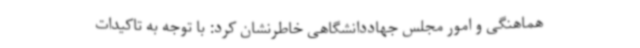
هماهنگی و امور مجلس جهاددانشگاهی خاطرنشان کرد: با توجه به تاکیدات